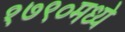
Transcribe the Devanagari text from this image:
१७९०मध्ये